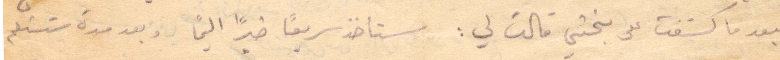
فبعد ما كشفت بختي قالت لي: ستاخذ سريعًا خبرًا اليمًا وبعد مدة ستستلم